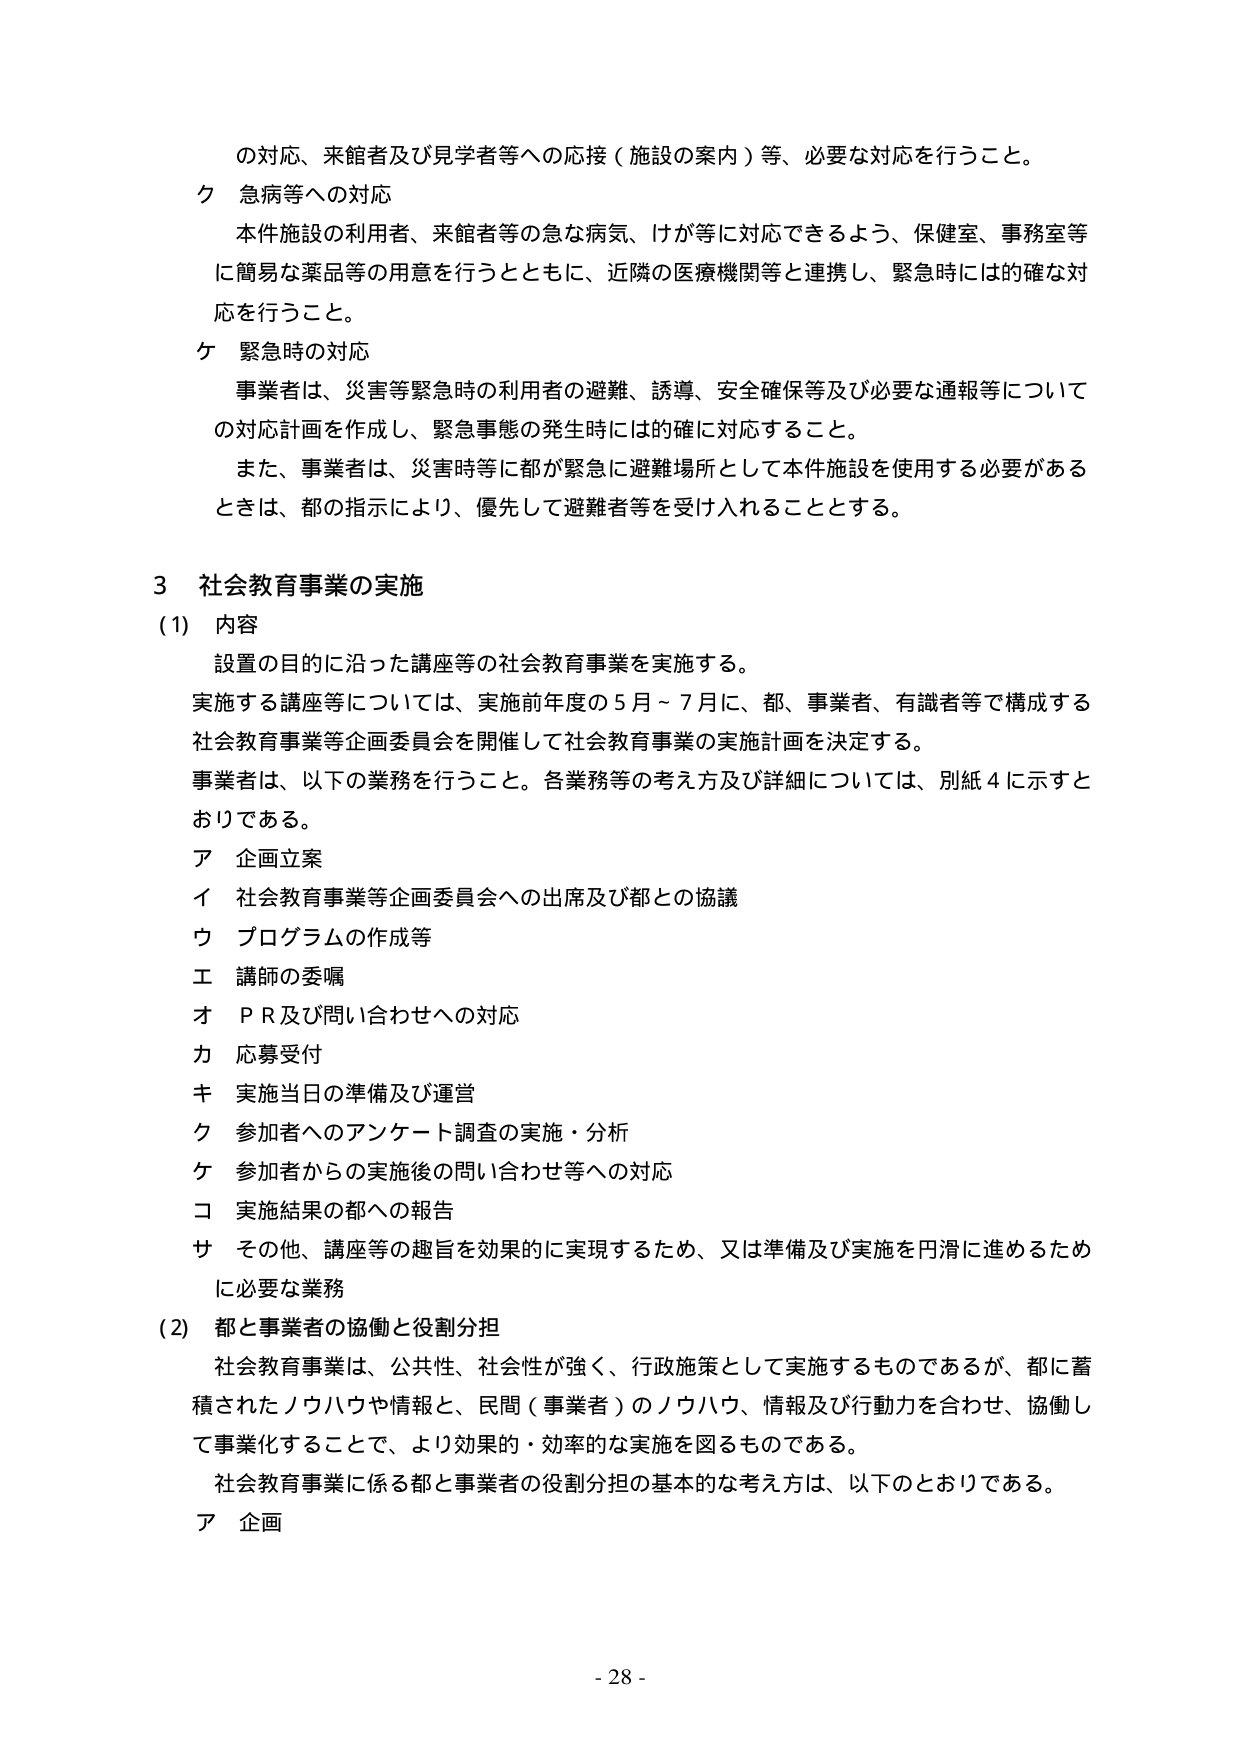
の対応、来館者及び見学者等への応接（施設の案内）等、必要な対応を行うこと。

ク 急病等への対応
本件施設の利用者、来館者等の急な病気、けが等に対応できるよう、保健室、事務室等に簡易な薬品等の用意を行うとともに、近隣の医療機関等と連携し、緊急時には的確な対応を行うこと。

ケ 緊急時の対応
事業者は、災害等緊急時の利用者の避難、誘導、安全確保等及び必要な通報等についての対応計画を作成し、緊急事態の発生時には的確に対応すること。
また、事業者は、災害時等に都が緊急に避難場所として本件施設を使用する必要があるときは、都の指示により、優先して避難者等を受け入れることとする。

3 社会教育事業の実施
(1) 内容
設置の目的に沿った講座等の社会教育事業を実施する。
実施する講座等については、実施前年度の5月～7月に、都、事業者、有識者等で構成する社会教育事業等企画委員会を開催して社会教育事業の実施計画を決定する。
事業者は、以下の業務を行うこと。各業務等の考え方及び詳細については、別紙4に示すとおりである。
ア 企画立案
イ 社会教育事業等企画委員会への出席及び都との協議
ウ プログラムの作成等
エ 講師の委嘱
オ ＰＲ及び問い合わせへの対応
カ 応募受付
キ 実施当日の準備及び運営
ク 参加者へのアンケート調査の実施・分析
ケ 参加者からの実施後の問い合わせ等への対応
コ 実施結果の都への報告
サ その他、講座等の趣旨を効果的に実現するため、又は準備及び実施を円滑に進めるために必要な業務

(2) 都と事業者の協働と役割分担
社会教育事業は、公共性、社会性が強く、行政施策として実施するものであるが、都に蓄積されたノウハウや情報と、民間（事業者）のノウハウ、情報及び行動力を合わせ、協働して事業化することで、より効果的・効率的な実施を図るものである。
社会教育事業に係る都と事業者の役割分担の基本的な考え方は、以下のとおりである。
ア 企画

- 28 -